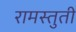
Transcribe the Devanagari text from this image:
रामस्तुती